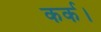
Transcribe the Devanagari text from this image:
कर्क।